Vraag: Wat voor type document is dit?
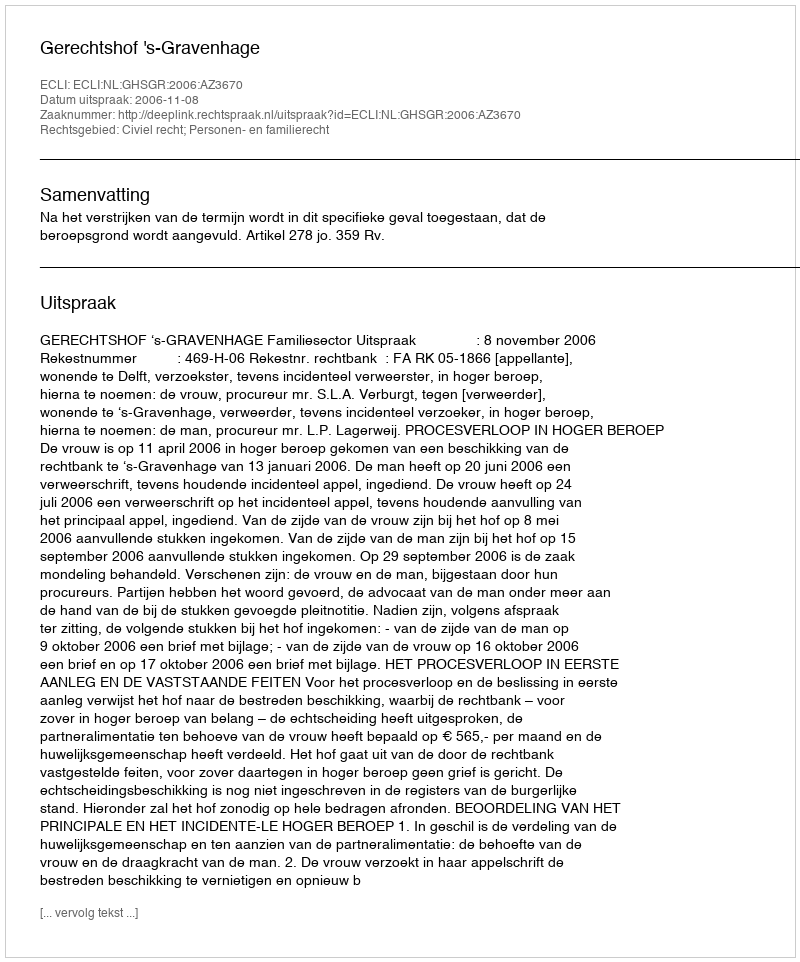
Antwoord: Uitspraak